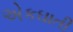
એકઘાતી